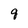
Character: q